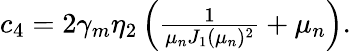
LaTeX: \begin{array}{r}{c_{4}=2\gamma_{m}\eta_{2}\left(\frac{1}{\mu_{n}J_{1}(\mu_{n})^{2}}+\mu_{n}\right).}\end{array}